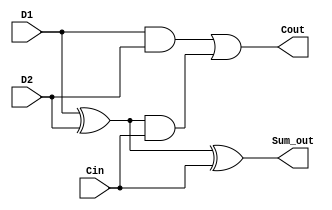
//Assume the full adder shown below.
//Write a test bench to test it

module Full_Adder( 
  input D1, D2, Cin, 
  output Sum_out, Cout
  );  
    wire a1, a2, a3;    

xor u1(a1,D1,D2);
and u2(a2,D1,D2);
and u3(a3,a1,Cin);
or u4(Cout,a2,a3);
xor u5(Sum_out,a1,Cin); 

endmodule